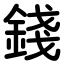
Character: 錢